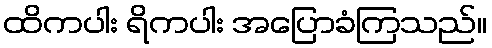
ထိကပါး ရိကပါး အပြောခံကြသည်။